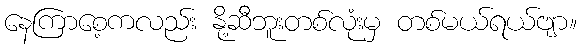
နေကြာစေ့ကလည်း နို့ဆီဘူးတစ်လုံးမှ တစ်မယ်ရယ်ဗျာ။